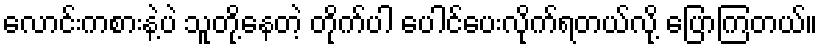
လောင်းကစားနဲ့ပဲ သူတို့နေတဲ့ တိုက်ပါ ပေါင်ပေးလိုက်ရတယ်လို့ ပြောကြတယ်။